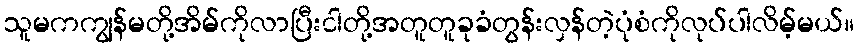
သူမကကျွန်မတို့အိမ်ကိုလာပြီးငါတို့အတူတူခုခံတွန်းလှန်တဲ့ပုံစံကိုလုပ်ပါလိမ့်မယ်။